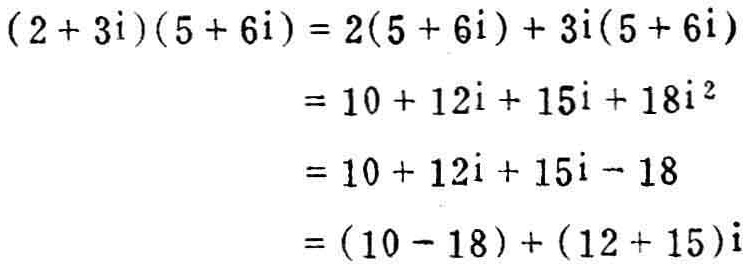
\[
\begin{align*}
(2 + 3i)(5 + 6i)&=2(5 + 6i)+ 3i(5 + 6i)\\
&=10 + 12i+15i + 18i^{2}\\
&=10 + 12i+15i - 18\\
&=(10 - 18)+(12 + 15)i
\end{align*}
\]